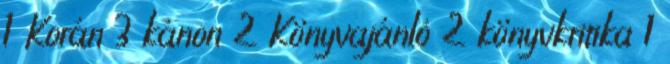
1 Korán 3 kánon 2 Könyvajánló 2 könyvkritika 1